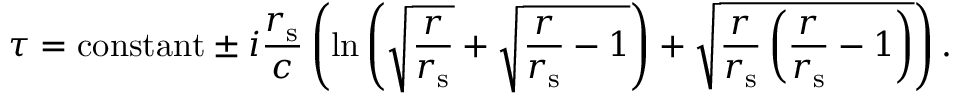
\tau = { \mathrm { c o n s t a n t } } \pm i { \frac { r _ { \mathrm { { s } } } } { c } } \left( \ln \left( { \sqrt { \frac { r } { r _ { \mathrm { { s } } } } } } + { \sqrt { { \frac { r } { r _ { \mathrm { { s } } } } } - 1 } } \right) + { \sqrt { { \frac { r } { r _ { \mathrm { { s } } } } } \left( { \frac { r } { r _ { \mathrm { { s } } } } } - 1 \right) } } \right) .